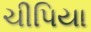
ચીપિયા